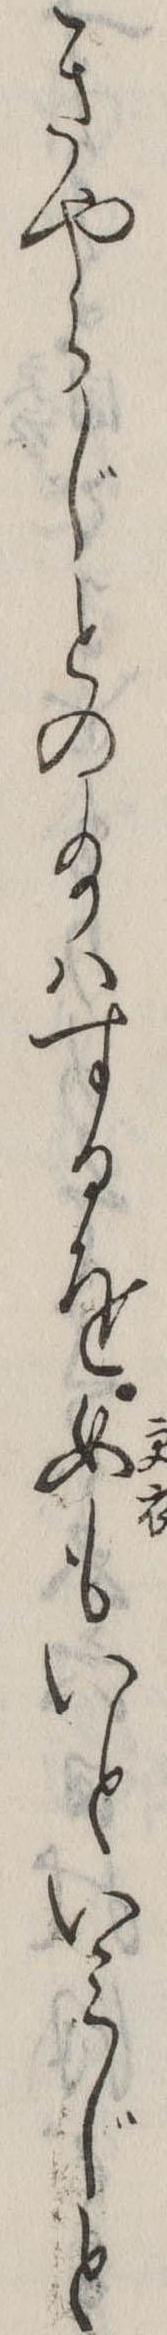
きやらじとの給はするを女もいといみじと